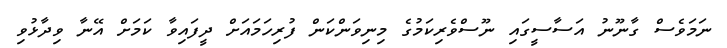
ނަމަވެސް ގާނޫނު އަސާސީގައި ނޫސްވެރިކަމުގެ މިނިވަންކަން ފުރިހަމައަށް ދީފައިވާ ކަމަށް އޭނާ ވިދާޅުވި